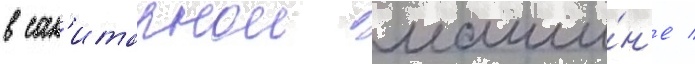
в сан'итарнои маши́н'е /